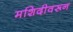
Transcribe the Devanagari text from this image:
मशिदीवरून